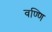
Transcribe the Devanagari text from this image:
वण्णि